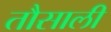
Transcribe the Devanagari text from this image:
तौसाली